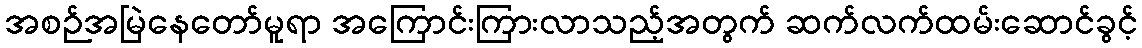
အစဉ်အမြဲနေတော်မူရာ အကြောင်းကြားလာသည့်အတွက် ဆက်လက်ထမ်းဆောင်ခွင့်